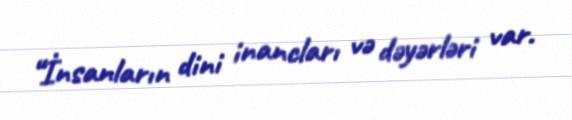
“İnsanların dini inancları və dəyərləri var.